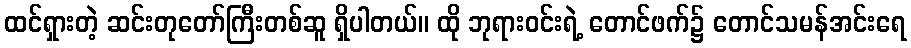
ထင်ရှားတဲ့ ဆင်းတုတော်ကြီးတစ်ဆူ ရှိပါတယ်။ ထို ဘုရားဝင်းရဲ့ တောင်ဖက်၌ တောင်သမန်အင်းရေ